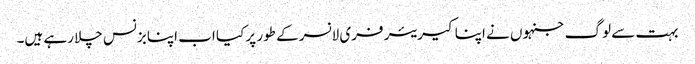
بہت سے لوگ جنہوں نے اپنا کیریئر فری لانسر کے طور پر کیا اب اپنا بزنس چلا رہے ہیں۔